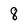
Character: 8